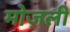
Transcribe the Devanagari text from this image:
मोज़ली